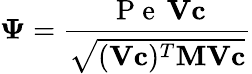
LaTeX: \mathbf{\Psi}=\frac{\mathrm{~P~e~}\, \mathbf{V}\mathbf{c}}{\sqrt{(\mathbf{V}\mathbf{c})^{T}\mathbf{M}\mathbf{V}\mathbf{c}}}